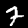
Label: 7